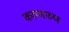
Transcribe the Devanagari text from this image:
करुणारुण